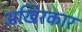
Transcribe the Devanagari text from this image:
अखिरकार